Report of an investigation into the causes of malaria in Bombay and the measures necessary for its control
Disease focus: Malaria
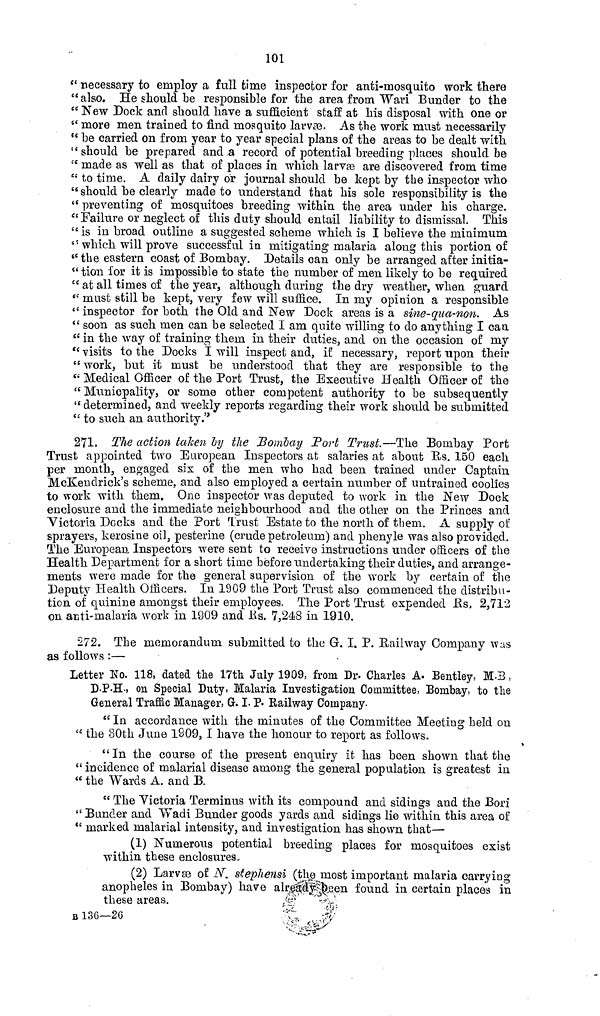
101
" necessary to employ a full time inspector for anti-mosquito work there
" also. He should be responsible for the area from Wari Bunder to the
" New Pock and should have a sufficient staff at his disposal with one or
" more men trained to find mosquito larvae. As the work must necessarily
" be carried on from year to year special plans of the areas to be dealt with
"should be prepared and a record of potential breeding places should be
" made as well as that of places in which larvae are discovered from time
" to time. A daily dairy or journal should be kept by the inspector who
" should be clearly made to understand that his sole responsibility is the
" preventing of mosquitoes breeding within the area under his charge.
" Failure or neglect of this duty should entail liability to dismissal. This
" is in broad outline a suggested scheme which is I believe the minimum
" which will prove successful in mitigating malaria along this portion of
" the eastern coast of Bombay. Details can only be arranged after initia-
" tion for it is impossible to state the number of men likely to be required
" at all times of the year, although during the dry weather, when guard
" must still be kept, very few will suffice. In my opinion a responsible
" inspector for both the Old and New Dock areas is a sine-qua-non. As
" soon as such men can be selected I am quite willing to do anything I can
" in the way of training them in their duties, and on the occasion of my
" visits to the Docks I will inspect and, if necessary, report upon their
" work, but it must be understood that they are responsible to the
" Medical Officer of the Port Trust, the Executive Health Officer of the
" Municpality, or some other competent authority to be subsequently
" determined, and weekly reports regarding their work should be submitted
" to such an authority."
271. The action taken by the Bombay Port Trust.—The Bombay Port
Trust appointed two European Inspectors at salaries at about Rs. 150 each
per month, engaged six of the men who had been trained under Captain
McKendrick's scheme, and also employed a certain number of untrained coolies
to work with them. One inspector was deputed to work in the New Dock
enclosure and the immediate neighbourhood and the other on the Princes and
Victoria Docks and the Port Trust Estate to the north of them. A supply of
sprayers, kerosine oil, pesterine (crude petroleum) and phenyle was also provided.
The European Inspectors were sent to receive instructions under officers of the
Health Department for a short time before undertaking their duties, and arrange-
ments were made for the general supervision of the work by certain of the
Deputy Health Officers. In 1909 the Port Trust also commenced the distribu-
tion of quinine amongst their employees. The Port Trust expended Us, 2,712
on acti-malaria work in 1909 and Rs. 7,248 in 1910.
272. The memorandum submitted to the G. I. P. Railway Company was
as follows :—
Letter No. 118, dated the 17th July 1909, from Dr. Charles A. Bentley, M.B,
D.P.H., on Special Duty, Malaria Investigation Committee, Bombay, to the
General Traffic Manager, G. I. P. Railway Company.
"In accordance with the minutes of the Committee Meeting held on
" the 80th June 1809, I have the honour to report as follows.
"In the course of the present enquiry it has been shown that the
" incidence of malarial disease among the general population is greatest in
" the Wards A. and B.
" The Victoria Terminus with its compound and sidings and the Bori
" Bunder and Wadi Bunder goods yards and sidings lie within this area of
" marked malarial intensity, and investigation has shown that—
(1) Numerous potential breeding places for mosquitoes exist
within these enclosures,
(2) Larvae of N. stephensi (the most important malaria carrying
anopheles in Bombay) have already been found in certain places in
these areas.
B 13G—20